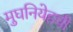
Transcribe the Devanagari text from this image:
मुघनियेहची